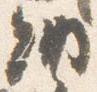
納